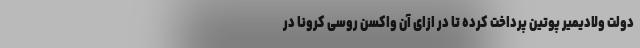
دولت ولادیمیر پوتین پرداخت کرده تا در ازای آن واکسن روسی کرونا در